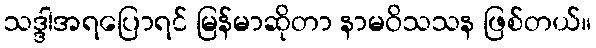
သဒ္ဒါအရပြောရင် မြန်မာဆိုတာ နာမဝိသသန ဖြစ်တယ်။